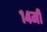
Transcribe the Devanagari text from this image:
१४मी